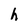
Character: h